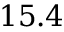
1 5 . 4